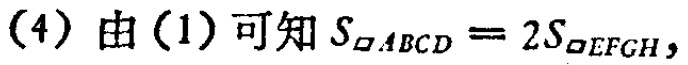
(4) 由(1)可知 \(S_{\square ABCD}=2S_{\square EFGH}\)